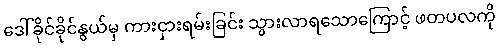
ဒေါ်ခိုင်ခိုင်နွယ်မှ ကားငှားရမ်းခြင်း သွားလာရသောကြောင့် ဖတပလကို